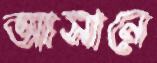
আসানে